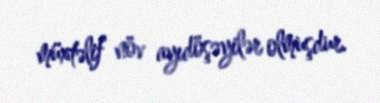
müxtəlif növ ayıdöşəyilər olmuşdur.